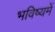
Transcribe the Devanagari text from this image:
भविष्‍यमें